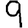
Digit: 9